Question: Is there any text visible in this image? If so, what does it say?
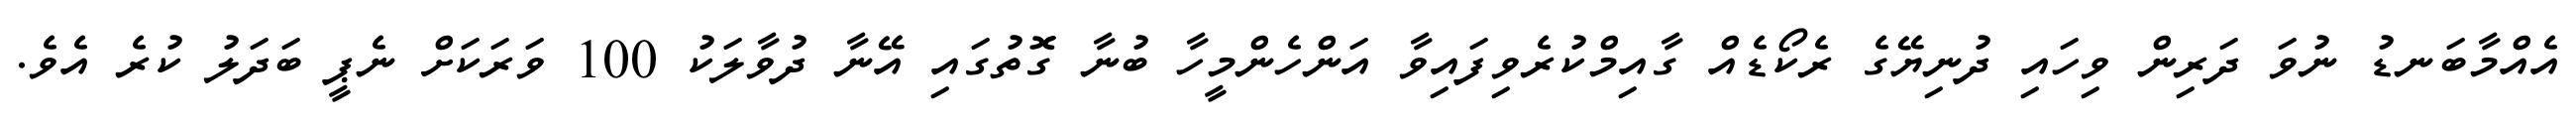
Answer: އެއްމާބަނޑު ނުވަ ދަރިން ވިހައި ދުނިޔޭގެ ރެކޯޑެއް ގާއިމްކުރެވިފައިވާ އަންހެންމީހާ ބުނާ ގޮތުގައި އޭނާ ދުވާލަކު 100 ވަރަކަށް ނެޕީ ބަދަލު ކުރެ އެވެ.